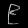
Digit: ၉